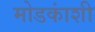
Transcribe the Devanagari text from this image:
मोडकांशी